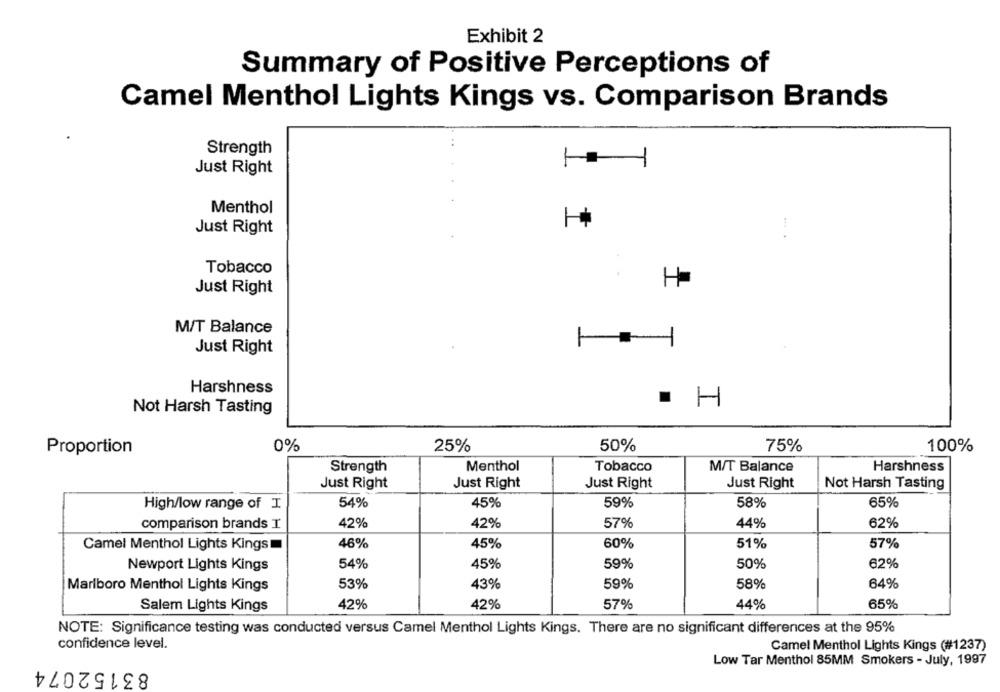
Exhibit 2
Summary of Positive Perceptions of
Camel Menthol Lights Kings vs. Comparison Brands
Strength
1
1
Just Right
Menthol
Just Right
H
Tobacco
Just Right
M/T Balance
Just Right
Harshness
. H
Not Harsh Tasting
0%
25%
50%
75%
100%
Proportion
Strength
Menthol
Tobacco
M/T Balance
Harshness
Just Right
Just Right
Just Right
Just Right
Not Harsh Tasting
High/low range of I
54%
45%
59%
58%
65%
comparison brands I
42%
42%
57%
44%
62%
Camel Menthol Lights Kings
46%
45%
60%
51%
57%
Newport Lights Kings
54%
45%
59%
50%
62%
Marlboro Menthol Lights Kings
53%
43%
59%
58%
64%
Salem Lights Kings
42%
42%
57%
44%
65%
NOTE: Significance testing was conducted versus Camel Menthol Lights Kings. There are no significant differences at the 95%
confidence level.
Camel Menthol Lights Kings (#1237)
83152074
Low Tar Menthol 85MM Smokers - July, 1997